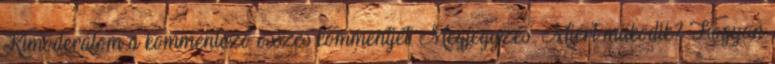
Kimoderálom a kommentező összes kommentjét. Megjegyzés: Miért működik? Hogyan